Quinine and its salts - Number 41
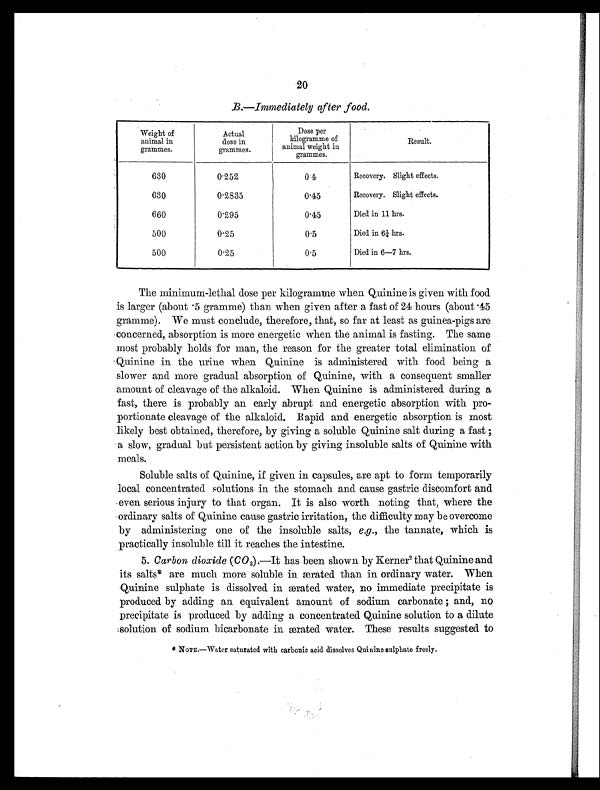
20
B.—Immediately after food.
Weight of
animal in
grammes.
A c t u a l
dose in
grammes.
Dose per
kilogramme of
animal weight in
grammes.
Result.
630
0.252
0.4
Recovery. Slight effects.
630
0.2835
0.45
Recovery. Slight effects.
660
0.295
0.45
Died in 11 hrs.
500
0.25
0.5
Died in 6¼ hrs.
500
0.25
0.5
Died in 6—7 hrs.
The minimum-lethal dose per kilogramme when Quinine is given with food
is larger (about .5 gramme) than when given after a fast of 24 hours (about .45
gramme). We must conclude, therefore, that, so far at least as guinea-pigs are
concerned, absorption is more energetic when the animal is fasting. The same
most probably holds for man, the reason for the greater total elimination of
Quinine in the urine when Quinine is administered with food being a
slower and more gradual absorption of Quinine, with a consequent smaller
amount of cleavage of the alkaloid. When Quinine is administered during a
fast, there is probably an early abrupt and energetic absorption with pro-
portionate cleavage of the alkaloid. Rapid and energetic absorption is most
likely best obtained, therefore, by giving a soluble Quinine salt during a fast ;
a slow, gradual but persistent action by giving insoluble salts of Quinine with
meals.
Soluble salts of Quinine, if given in capsules, are apt to form temporarily
local concentrated solutions in the stomach and cause gastric discomfort and
even serious injury to that organ. It is also worth noting that, where the
ordinary salts of Quinine cause gastric irritation, the difficulty may be overcome
by administering one of the insoluble salts, e.g., the tannate, which is
practically insoluble till it reaches the intestine.
5. Carbon dioxide ( CO 2).—It has been shown by Kerner2 that Quinine and
its salts* are much more soluble in ærated than in ordinary water. When
Quinine sulphate is dissolved in ærated water, no immediate precipitate is
produced by adding an equivalent amount of sodium carbonate ; and, no
precipitate is produced by adding a concentrated Quinine solution to a dilute
solution of sodium bicarbonate in ærated water. These results suggested to
* NOTE.—Water saturated with carbonic acid dissolves Quinine sulphate freely.